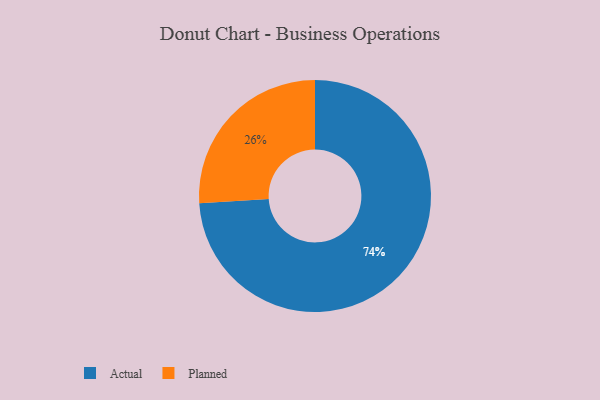
{"axis": {"x": "Category", "y": "Percentage"}, "legend": ["Actual", "Planned"], "data": [{"x": "Planned", "y": 26, "type": "Planned"}, {"x": "Actual", "y": 74, "type": "Actual"}]}